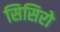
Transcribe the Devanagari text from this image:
सिसिरो